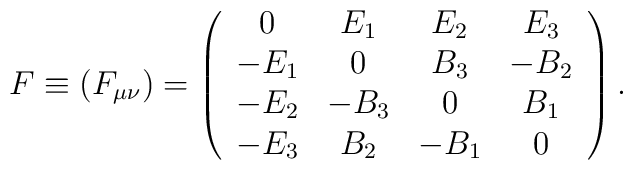
F \equiv(F_{\mu\nu}) =\left(\begin{array}{cccc}0&E_1&E_2&E_3\\-E_1&0&B_3&-B_2\\-E_2&-B_3&0&B_1\\-E_3&B_2&-B_1&0\end{array}\right).